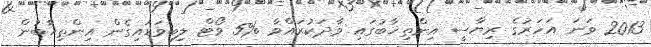
2013 ވަނަ އަހަރުގެ ރިޔާސީ އިންތިޚާބުގައި ވާދަކުރައްވާ %5 ވޯޓް ލިބިވަޑައިގެން އިންތިޚާބުން